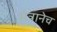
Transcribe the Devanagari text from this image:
मंत्रानेच